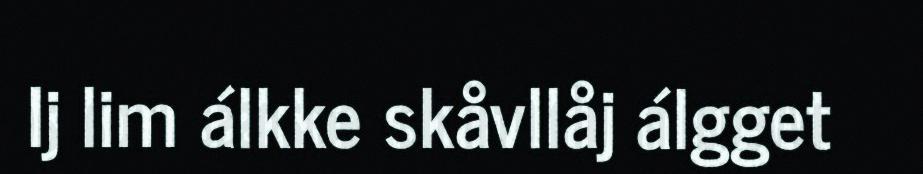
Ij lim álkke skåvllåj álgget